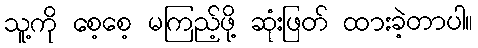
သူ့ကို စေ့စေ့ မကြည့်ဖို့ ဆုံးဖြတ် ထားခဲ့တာပါ။